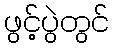
ဖွင့်ပွဲတွင်